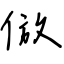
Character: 倣